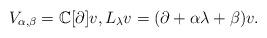
LaTeX: \begin{align*}V_{\alpha,\beta}=\mathbb{C}[\partial]v,L_\lambda v=(\partial+\alpha\lambda+\beta)v. \end{align*}